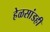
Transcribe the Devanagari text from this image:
हेळसांडही